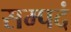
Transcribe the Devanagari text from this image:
सम्पदं